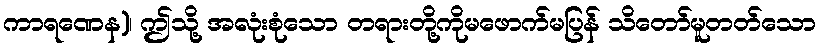
ကာရဏေန)၊ ဤသို့ အလုံးစုံသော တရားတို့ကိုမဖောက်မပြန် သိတော်မူတတ်သော